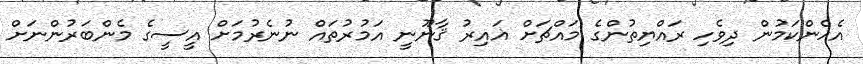
އެހެންކަމުން ދިވެހި ރައްޔިތުންގެ މައްޗަށް ޣައިރު ޤާނޫނީ އަމުރުތައް ނުނެރުމަށް އީސީގެ މެންބަރުންނަށް